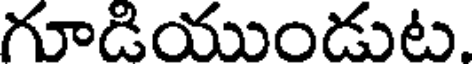
గూడియుండుట.